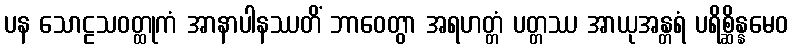
ပန သောဠသဝတ္ထုကံ အာနာပါနဿတိံ ဘာဝေတွာ အရဟတ္တံ ပတ္တဿ အာယုအန္တရံ ပရိစ္ဆိန္နမေဝ